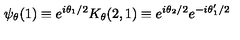
\psi _ { \theta } ( 1 ) \equiv e ^ { i \theta _ { 1 } / 2 } K _ { \theta } ( 2 , 1 ) \equiv e ^ { i \theta _ { 2 } / 2 } e ^ { - i \theta _ { 1 } ^ { \prime } / 2 }